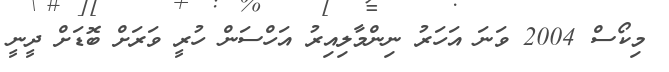
މިކޯސް 2004 ވަނަ އަހަރު ނިންމާލިއިރު އަހްސަން ހުރީ ވަރަށް ބޮޑަށް ދީނީ